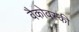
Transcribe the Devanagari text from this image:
वैकोवस्की